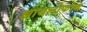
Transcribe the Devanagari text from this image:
झायलोफोन